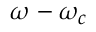
\omega - \omega _ { c }